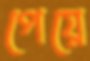
পেয়ে